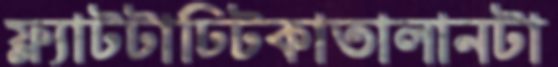
ফ্ল্যাটটাঢিটকাতালানটা